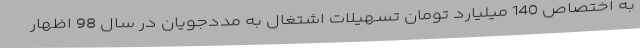
به اختصاص 140 میلیارد تومان تسهیلات اشتغال به مددجویان در سال 98 اظهار